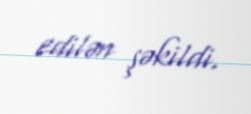
edilən şəkildi.